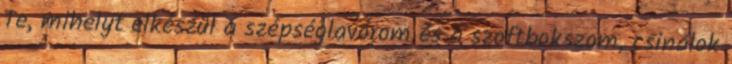
Te, mihelyt elkészül a szépséglavórom és a szoftbokszom, csinálok